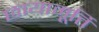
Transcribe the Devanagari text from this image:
छायामूर्ति